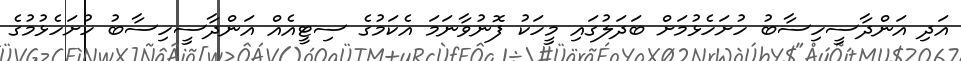
އަދި އަންދާސީހިސާބު ހުށަހެޅުމަށް ބަދަލުގައި މީހަކު ފޮނުވާނަމަ އެކަމުގެ ސިޓީއެއް އަންދާސީހިސާބު ހުށަހެޅުމުގެ